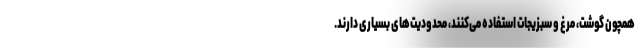
همچون گوشت، مرغ و سبزیجات استفاده می‌کنند، محدودیت‌های بسیاری دارند.